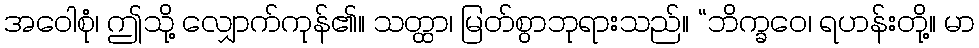
အဝေါစုံ၊ ဤသို့ လျှောက်ကုန်၏။ သတ္ထာ၊ မြတ်စွာဘုရားသည်။ “ဘိက္ခဝေ၊ ရဟန်းတို့။ မာ